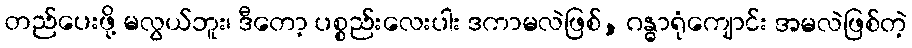
တည်ပေးဖို့ မလွယ်ဘူး၊ ဒီတော့ ပစ္စည်းလေးပါး ဒကာမလဲဖြစ်, ဂန္ဓာရုံကျောင်း အမလဲဖြစ်တဲ့